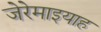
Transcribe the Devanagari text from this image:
जेरेमाइयाह